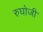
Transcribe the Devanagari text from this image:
रुघोजी